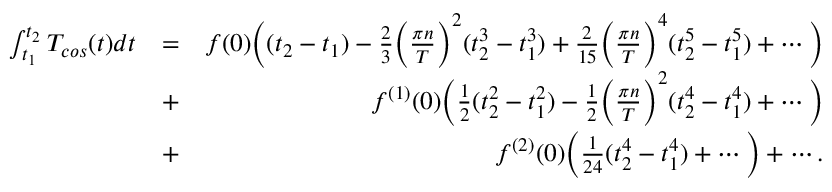
\begin{array} { r l r } { \int _ { t _ { 1 } } ^ { t _ { 2 } } T _ { c o s } ( t ) d t } & { = } & { f ( 0 ) \bigg ( ( t _ { 2 } - t _ { 1 } ) - \frac { 2 } { 3 } \bigg ( \frac { \pi n } { T } \bigg ) ^ { 2 } ( t _ { 2 } ^ { 3 } - t _ { 1 } ^ { 3 } ) + \frac { 2 } { 1 5 } \bigg ( \frac { \pi n } { T } \bigg ) ^ { 4 } ( t _ { 2 } ^ { 5 } - t _ { 1 } ^ { 5 } ) + \cdots \bigg ) } \\ & { + } & { f ^ { ( 1 ) } ( 0 ) \bigg ( \frac { 1 } { 2 } ( t _ { 2 } ^ { 2 } - t _ { 1 } ^ { 2 } ) - \frac { 1 } { 2 } \bigg ( \frac { \pi n } { T } \bigg ) ^ { 2 } ( t _ { 2 } ^ { 4 } - t _ { 1 } ^ { 4 } ) + \cdots \bigg ) } \\ & { + } & { f ^ { ( 2 ) } ( 0 ) \bigg ( \frac { 1 } { 2 4 } ( t _ { 2 } ^ { 4 } - t _ { 1 } ^ { 4 } ) + \cdots \bigg ) + \cdots . } \end{array}